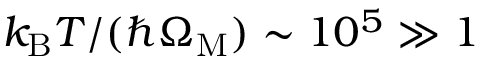
k _ { \mathrm { B } } T / ( \hbar \Omega _ { \mathrm { M } } ) \sim 1 0 ^ { 5 } \gg 1